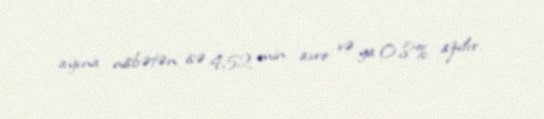
ayına nisbətən isə 452 min avro və ya 0,8% azdır.